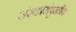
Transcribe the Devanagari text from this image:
संस्कारांपुरतीच